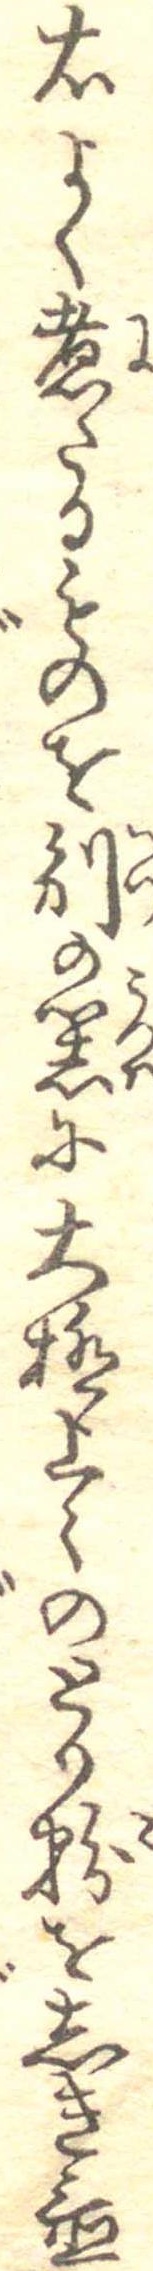
右よく煮たるものを別の器に大極上々のとり粉をしき置